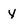
Character: y